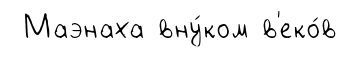
Маэнаха вну́ком в'еко́в